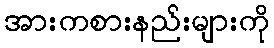
အားကစားနည်းများကို